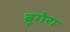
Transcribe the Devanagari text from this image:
ब्रूगेरा